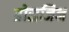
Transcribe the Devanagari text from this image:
ग्रोसजिन